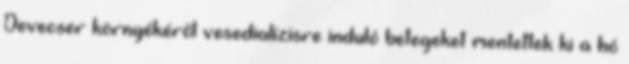
Devecser környékéről vesedialízisre induló betegeket mentettek ki a hó